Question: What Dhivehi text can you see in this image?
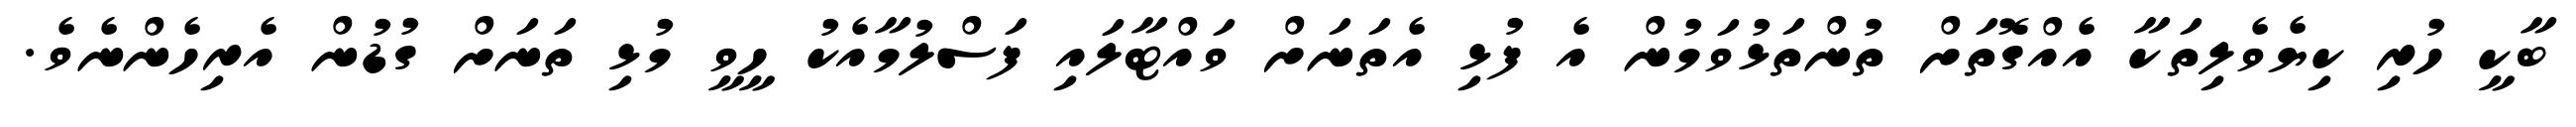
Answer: ބާކީ ހުރި ކިޔެވެލިތަކާ އެއްގޮތަށް ތުންތަޅުވަމުން އެ ފުޅި އެތަނަށް ވައްޓާލައި ފަސްލުމާއެކު ހީވީ މުޅި ތަނަށް ގުޑުން އެރިހެންނެވެ.